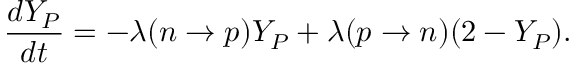
\frac { d Y _ { P } } { d t } = - \lambda ( n \rightarrow p ) Y _ { P } + \lambda ( p \rightarrow n ) ( 2 - Y _ { P } ) .